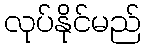
လုပ်နိုင်မည်